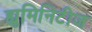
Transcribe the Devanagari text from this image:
ह्युमिनिटीज